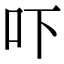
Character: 吓